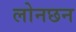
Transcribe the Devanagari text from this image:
लोनछन